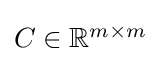
{\textstyle C\in \mathbb {R} ^{m\times m}}